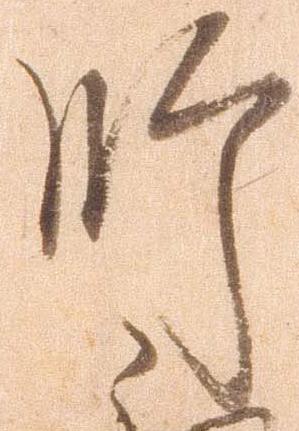
肝